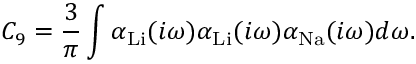
C _ { 9 } = \frac { 3 } { \pi } \int \alpha _ { \mathrm { L i } } ( i \omega ) \alpha _ { \mathrm { L i } } ( i \omega ) \alpha _ { \mathrm { N a } } ( i \omega ) d \omega .